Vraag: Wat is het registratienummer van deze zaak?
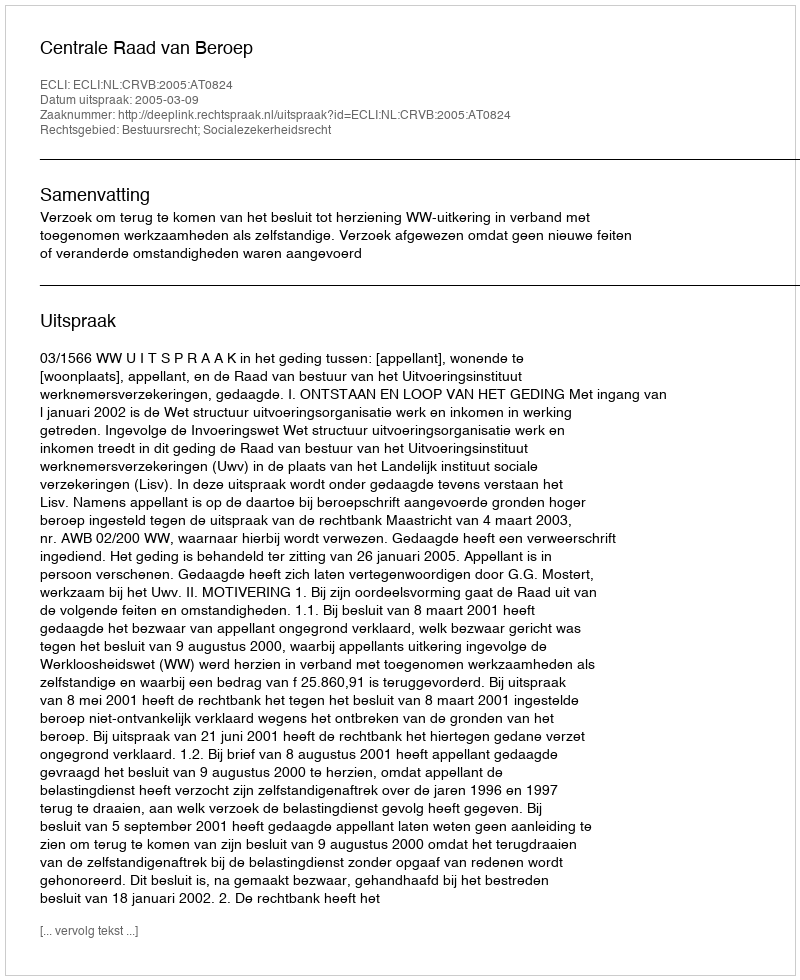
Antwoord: http://deeplink.rechtspraak.nl/uitspraak?id=ECLI:NL:CRVB:2005:AT0824